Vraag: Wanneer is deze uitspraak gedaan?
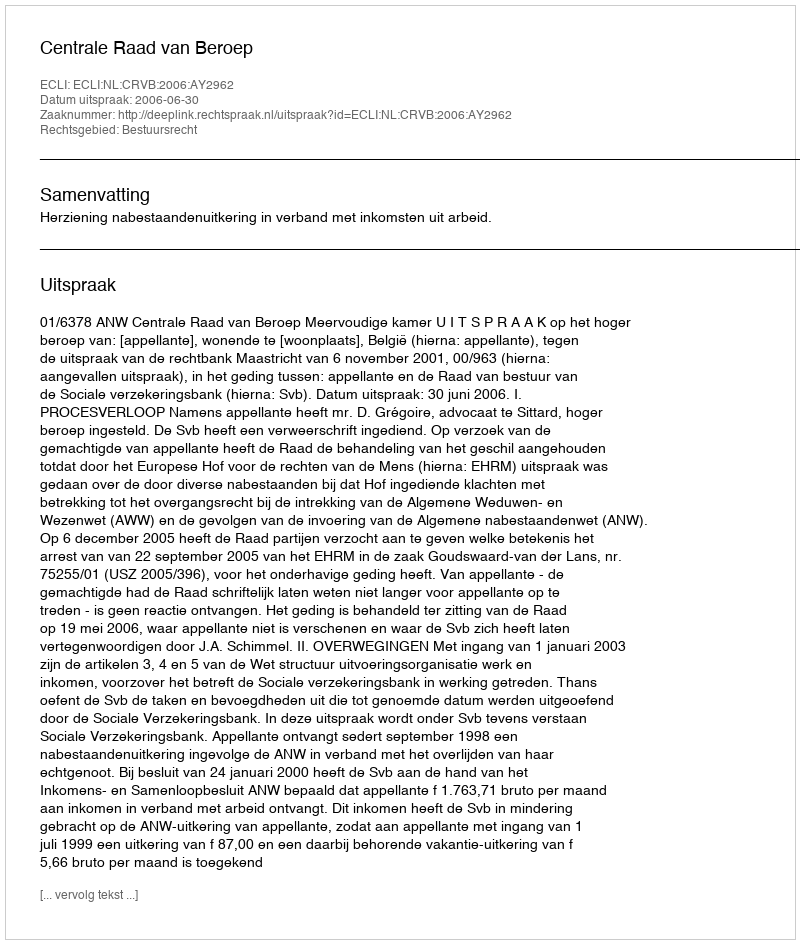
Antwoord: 2006-06-30